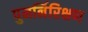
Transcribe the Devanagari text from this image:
पुनर्निरिक्षण